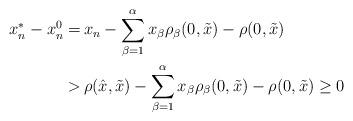
LaTeX: \begin{align*}\begin{aligned}x_n^* - x_n^0 = \,& x_n - \sum_{\beta=1}^\alpha x_\beta \rho_\beta (0, \tilde{x}) - \rho (0, \tilde{x}) \\ > \,& \rho (\hat{x}, \tilde{x}) - \sum_{\beta=1}^\alpha x_\beta \rho_\beta (0, \tilde{x}) - \rho (0, \tilde{x}) \geq 0\end{aligned}\end{align*}